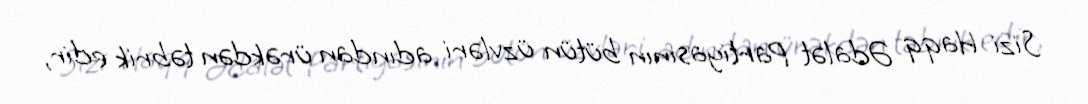
Sizi Haqq Ədalət Partiyasının bütün üzvləri adından ürəkdən təbrik edir,